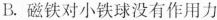
B.磁铁对小铁球没有作用力